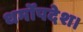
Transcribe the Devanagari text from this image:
धर्मोपदेश।